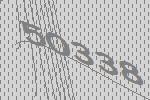
50338